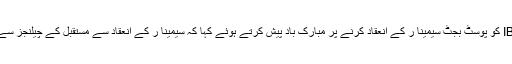
انہوں نے ICMA اور IBP کو پوسٹ بجٹ سیمینا ر کے انعقاد کرنے پر مبارک باد پیش کرتے ہوئے کہا کہ سیمینا ر کے انعقاد سے مستقبل کے چیلنجز سے نمٹنے میں آسانی ہوگی ۔